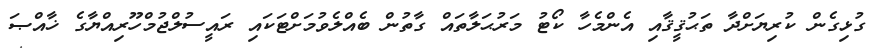
ގުޅިގެން ކުރިޔަށްދާ ތަޙުޤީޤާއި އެންމެހާ ކޯޓު މަރުޙަލާތައް ގާތުން ބެއްލެވުމަށްޓަކައި ރައީސުލްޖުމްހޫރިއްޔާގެ ޚާއްޞަ